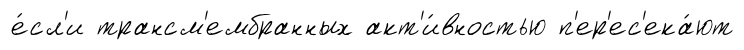
е́сл'и трансм'ембранных акт'и́вностью п'ер'ес'ека́ют